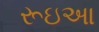
રૂઇઆ